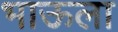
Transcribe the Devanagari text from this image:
भाऊला